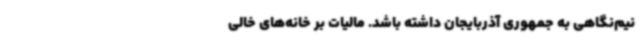
نیم‌نگاهی به جمهوری آذربایجان داشته باشد. مالیات بر خانه‌های خالی